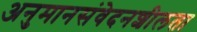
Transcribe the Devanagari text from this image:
अनुमानसंवेदनशीलता